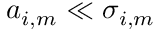
a _ { i , m } \ll \sigma _ { i , m }